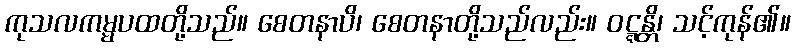
ကုသလကမ္မပထတို့သည်။ စေတနာပိ၊ စေတနာတို့သည်လည်း။ ဝဋ္ဋန္တိ၊ သင့်ကုန်၏။